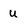
Character: u